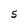
Character: 5